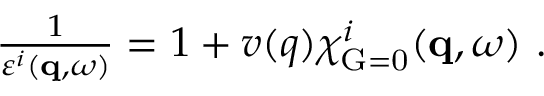
\begin{array} { r } { \frac { 1 } { \varepsilon ^ { i } ( \mathbf { q } , \omega ) } = 1 + v ( q ) \chi _ { \mathrm { G = 0 } } ^ { i } ( \mathbf { q } , \omega ) \ . } \end{array}